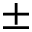
\pm